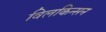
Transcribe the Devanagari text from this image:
विलकिन्सन